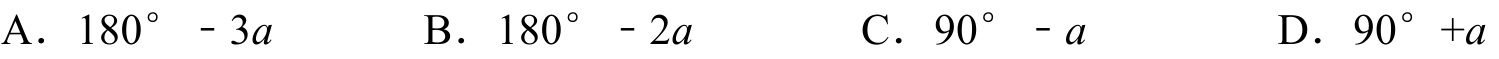
A．\(180^{\circ}- 3a\)  B．\(180^{\circ}- 2a\)  C．\(90^{\circ}- a\)  D．\(90^{\circ}+a\)